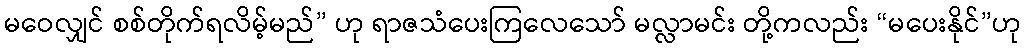
မဝေလျှင် စစ်တိုက်ရလိမ့်မည်” ဟု ရာဇသံပေးကြလေသော် မလ္လာမင်း တို့ကလည်း “မပေးနိုင်”ဟု